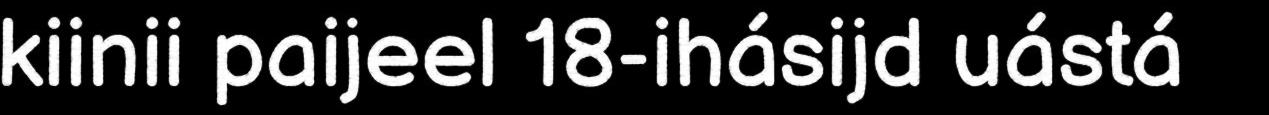
kiinii paijeel 18-ihásijd uástá